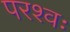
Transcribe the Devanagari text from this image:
परश्वः